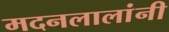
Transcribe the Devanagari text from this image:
मदनलालांनी